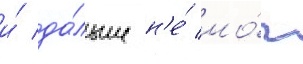
и́ да́льше н'е́ мо́г